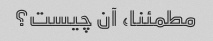
مطمئنا، آن چیست؟